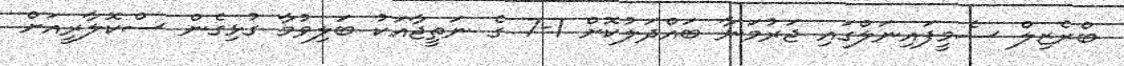
ބްރެޒިލް ސެމީފައިނަލްގައި ޖަރުމަނާ ބައްދަލުކޮށް 1-7 ގެ ނަތީޖާއަކު ބަލިވުމާ ގުޅިގެން ސްކޮލާރީއަށް